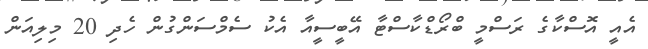
އެއީ އޮސްކާގެ ރަސްމީ ބްރޯޑްކާސްޓާ އޭބީސީއާ އެކު ސެމްސަންގުން ހެދި 20 މިލިއަން